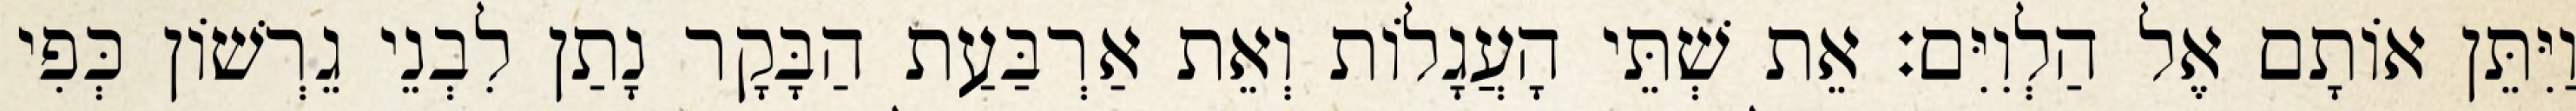
וַיִּתֵּן אוֹתָם אֶל הַלְוִיִּם׃ אֵת שְׁתֵּי הָעֲגָלוֹת וְאֵת אַרְבַּעַת הַבָּקָר נָתַן לִבְנֵי גֵרְשׁוֹן כְּפִי